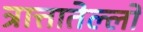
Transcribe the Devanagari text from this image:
त्रात्तातेल्लो